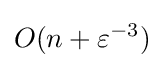
O(n+\varepsilon ^{-3})